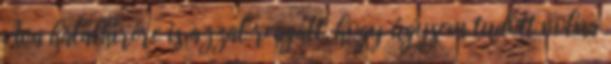
Ava halálhírére is azzal reagált, hogy úgysem tudott volna